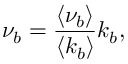
\nu _ { b } = \frac { \langle \nu _ { b } \rangle } { \langle k _ { b } \rangle } k _ { b } ,